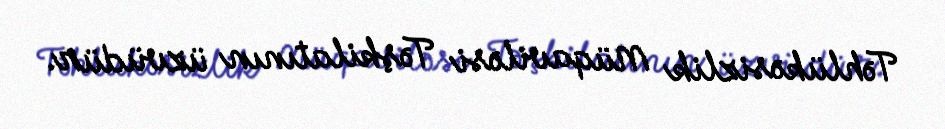
Təhlükəsizlik Müqaviləsi Təşkilatının üzvüdür.